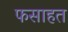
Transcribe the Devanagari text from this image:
फसाहत